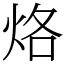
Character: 烙